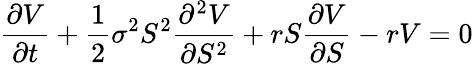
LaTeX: {\frac{\partial V}{\partial t}}+{\frac{1}{2}}\sigma^{2}S^{2}{\frac{\partial^{2}V}{\partial S^{2}}}+rS{\frac{\partial V}{\partial S}}-rV=0